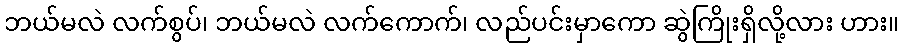
ဘယ်မလဲ လက်စွပ်၊ ဘယ်မလဲ လက်ကောက်၊ လည်ပင်းမှာကော ဆွဲကြိုးရှိလို့လား ဟား။